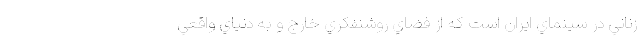
زناني در سينماي ايران است که از فضاي روشنفکري خارج و به دنياي واقعي